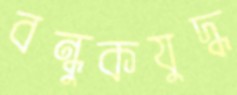
বন্ধুকযুদ্ধ